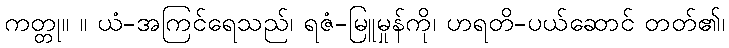
ကတ္တု။ ။ ယံ-အကြင်ရေသည်၊ ရဇံ-မြူမှုန်ကို၊ ဟရတိ-ပယ်ဆောင် တတ်၏၊